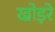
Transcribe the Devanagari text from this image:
खोड़रे